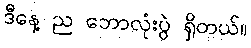
ဒီနေ့ ည ဘောလုံးပွဲ ရှိတယ်။